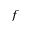
f